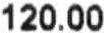
120.00